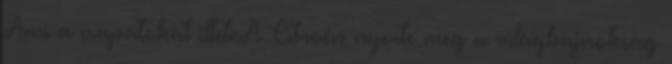
Ami a csapatokat illeti.A Citroën nyerte meg a világbajnokság